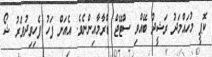
ކޮޕީ މުހައްމަދު ރަޝީދު ބޭއްވި ސްޓޭޖް ޑްރާމާއިންނެވެ. އެއަށް ފަހު ފެހިވިދުވަރު ޝޯ